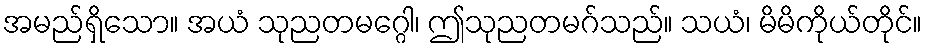
အမည်ရှိသော။ အယံ သုညတမဂ္ဂေါ၊ ဤသုညတမဂ်သည်။ သယံ၊ မိမိကိုယ်တိုင်။